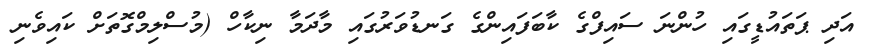
އަދި ޕަތައުޑީގައި ހުންނަ ސައިފްގެ ކާބަފައިންގެ ގަނޑުވަރުގައި މާދަމާ ނިކާހް (މުސްލިމްގޮތަށް ކައިވެނި